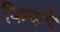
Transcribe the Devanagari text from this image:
विश्कर्ष